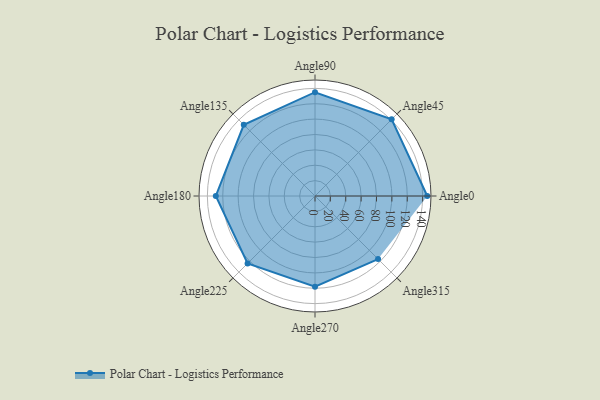
{"axis": {"x": "Angle", "y": "Radius"}, "legend": [""], "data": [{"x": "Angle0", "y": 146.0, "type": ""}, {"x": "Angle45", "y": 141.0, "type": ""}, {"x": "Angle90", "y": 135.0, "type": ""}, {"x": "Angle135", "y": 131.0, "type": ""}, {"x": "Angle180", "y": 129.0, "type": ""}, {"x": "Angle225", "y": 124.0, "type": ""}, {"x": "Angle270", "y": 118.0, "type": ""}, {"x": "Angle315", "y": 116.0, "type": ""}]}